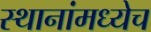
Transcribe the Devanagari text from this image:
स्थानांमध्येच